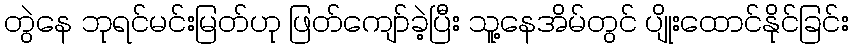
တွဲနေ ဘုရင်မင်းမြတ်ဟု ဖြတ်ကျော်ခဲ့ပြီး သူ့နေအိမ်တွင် ပျိုးထောင်နိုင်ခြင်း